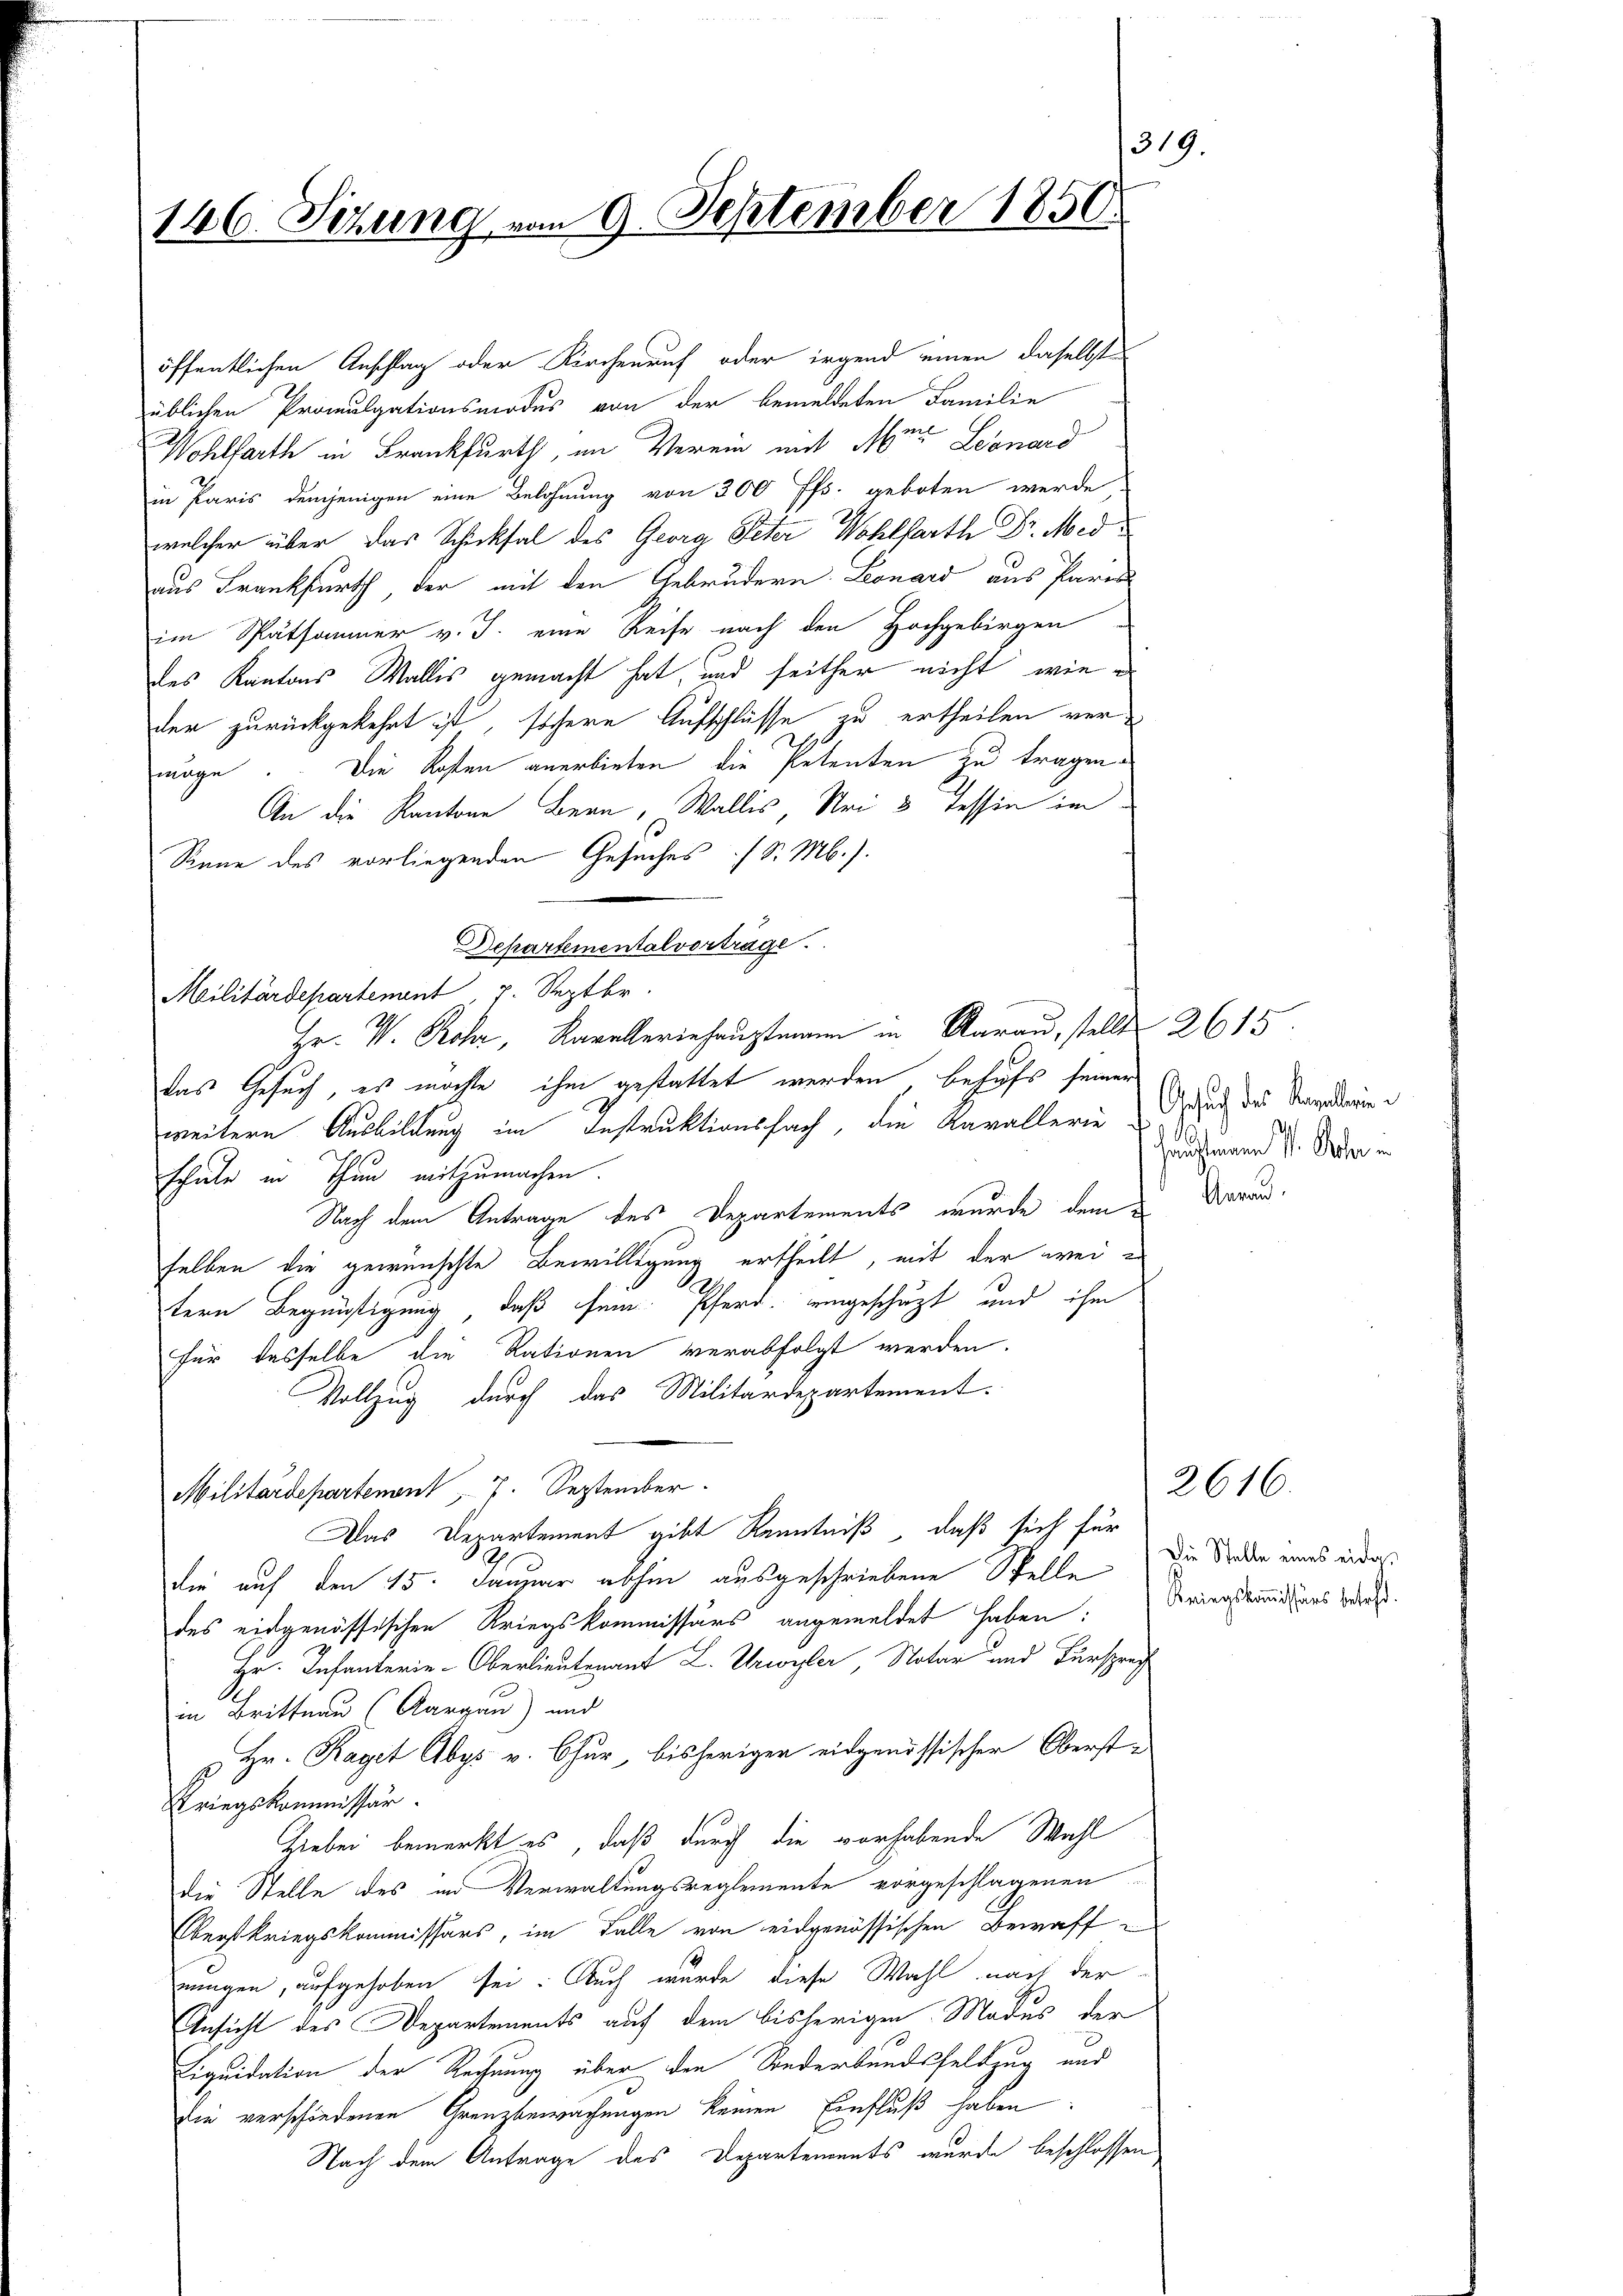
146. Sezung vom 9. September 1850.

öffentlichen Anschlag oder Kirchenruf oder irgend einen daselbst
üblichen Promulgationsmodes von der bemeldeten Familie
Wohlfarth in Frankfurth, im Verein mit Mr. Leonard
in Paris demjenigen eine Belohnung von 300 ffs. geboten werde.
welcher über das Schicksal des Georg Peter Wohlfarth Dr. Med
aus Frankfurth der mit den Gebrüdern Leonard aus Paren
im Spätsommer v. J. eine Reise nach den Hochgebirgen
des Kantons Wallis gemacht hat und seither nicht, wie
der zurückgekehrt ist sichere Aufschlüsse zu ertheilen vermöge. Die Kosten anerbieten, die Petenten zu tragen
An die Kantone Bern, Wallis, Nei 3 Tessin im
Sinne des vorliegenden Gesuches (S. M.).
Departemental vorträge.
Militärdepartement v. Septbr.
Hr. V. Rohr, Kavalleriehauptmann in Aarau, stellt 2615.
das Gesuch, es möchte ihm gestattet werden, behufs seiner
weitere Ausbildung im Instruktionsfach, die Kavallerie
schule in Thun mitzumachen.
Nach dem Antrage des Departements wurde dem
selben die gewünschte Bewilligung ertheilt, mit der wei
tern Begünstigung, daß sein. Pferd, eingeschäzt und ihm
für dasselbe die Rationen verabfolgt werden.
Vollzug durch das Militärdepartement.
Militärdepartenant 7. September.
Das Departement gibt Kenntniß, daß sich für
e
die auf den 15. Janzar abhin ausgeschriebene Stelle
des eidgenössischen Kriegskommissärs angemeldet haben:
Hr. Infanterie-Oberlieutenant L. Urwyler, Notar und Fürsprech
in Brittnau (Aargau) und
Hr. Kagit Abys v. Chur, bisherigen eidgenössischer Oberst¬
Kriegskommissär
Hiebei bemerkt es, daß durch die vorhabende Wahl
die Stelle des und Verwaltungsreglemente vorgeschlagenen
Oberstkriegskommissärs, im Falle von eidgenössischen Bewaff
mungen, aufgehoben sei. Auch wurde diese Wahl nach der
Ansicht des Departements auf dem bisherigen Modus der
Liquidation der Rechnung über den Sonderbundsfeldzug und
Die verschiedenen Grenzbewachungen keinen Einfluß haben:
Nach dem Antrage des Departements wurde beschlossen

319

Gesuch des Kapellerie
4
hauptmann P. Rober in

Gerau

2616.

Die Stelle eines eidge
Kriegskommissärs befehd.